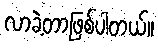
လာခဲ့တာဖြစ်ပါတယ်။